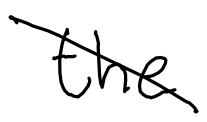
Text: the
Cross-out: diagonal
Writing tool: digital_black